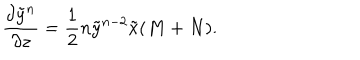
{ \frac { \partial \tilde { y } ^ { n } } { \partial z } } = { \frac { 1 } { 2 } } n \tilde { y } ^ { n - 2 } \tilde { x } ( M + N ) .